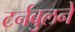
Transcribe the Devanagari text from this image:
टर्नबुलने